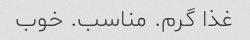
غذا گرم. مناسب. خوب